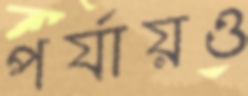
পর্যায়ও